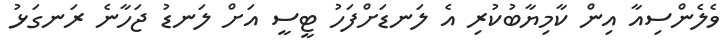
ވެލެންސިއާ އިން ކާމިޔާބުކުރި އެ ލަނޑަށްފަހު ޓީސީ އަށް ލަނޑު ޖަހާނެ ރަނގަޅު